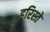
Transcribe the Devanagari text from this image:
हरिस्ते